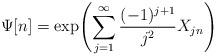
LaTeX: \begin{align*}\Psi[n]=\exp \Biggl(\sum_{j=1}^{\infty} \frac{ (-1)^{j+1} }{j^2}X_{jn}\Biggr)\end{align*}